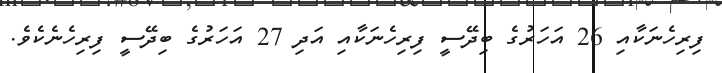
ފިރިހެނަކާއި 26 އަހަރުގެ ބިދޭސީ ފިރިހެނަކާއި އަދި 27 އަހަރުގެ ބިދޭސީ ފިރިހެނެކެވެ.